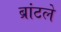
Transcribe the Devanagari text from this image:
ब्रांटले